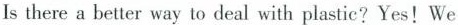
Is there a better way to deal with plastic?Yes!We